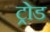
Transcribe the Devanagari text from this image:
ट्रोड